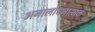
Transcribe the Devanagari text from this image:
अनालोचनात्मक